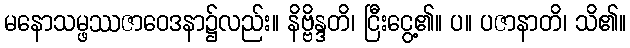
မနောသမ္ဖဿဇာဝေဒနာ၌လည်း။ နိဗ္ဗိန္ဒတိ၊ ငြီးငွေ့၏။ ပ။ ပဇာနာတိ၊ သိ၏။